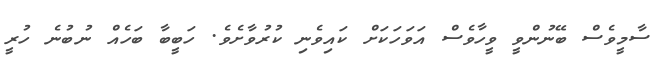
ސާމީވެސް ބޭނުންވީ ވީހާވެސް އަވަހަކަށް ކައިވެނި ކުރުވާށެވެ. ހަބީބާ ބަހެއް ނުބުނެ ހުރީ